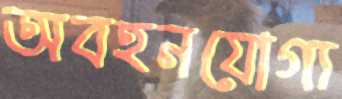
অবহনযোগ্য